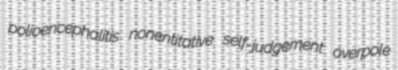
polioencephalitis nonentitative self-judgement overpole